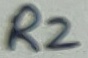
Text: R2